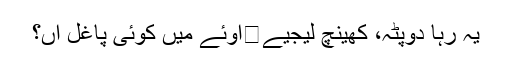
یہ رہا دوپٹہ، کھینچ لیجیے	اوئے میں کوئی پاغل آں؟